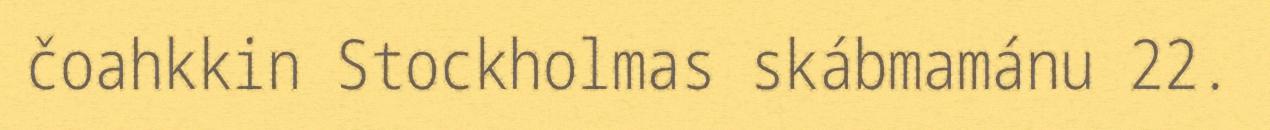
čoahkkin Stockholmas skábmamánu 22.